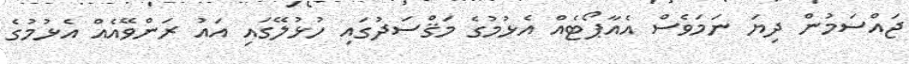
ޖައްސަމުން ދިޔަ ނަމަވެސް އެއާޕޯޓެއް އެޅުމުގެ މަޤްސަދުގައި ހުޅުލޭގައި އައު ރަންވޭއެއް އެޅުމުގެ